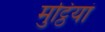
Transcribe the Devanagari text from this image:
मुट्ठियां